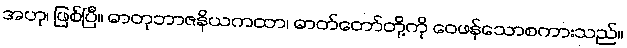
အဟု၊ ဖြစ်ပြီ။ ဓာတုဘာဇနိယကထာ၊ ဓာတ်တော်တို့ကို ဝေဖန်သောစကားသည်။